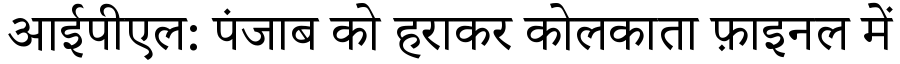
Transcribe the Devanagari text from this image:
आईपीएल: पंजाब को हराकर कोलकाता फ़ाइनल में